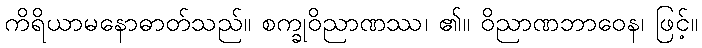
ကိရိယာမနောဓာတ်သည်။ စက္ခုဝိညာဏဿ၊ ၏။ ဝိညာဏဘာဝေန၊ ဖြင့်။